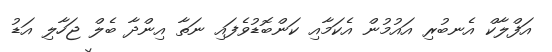
އަފްލާކް އެނބުރި އައުމުން އެކަމާއި ކަންބޮޑުވެފައި ނަތާ އިންދާ ބެލް ޖަހާލި އަޑު